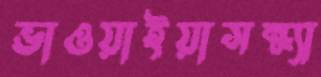
ভাওয়াইয়াসন্ধ্যা